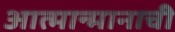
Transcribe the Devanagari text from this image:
आत्मान्मानाची